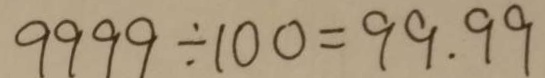
9 9 9 9 \div 1 0 0 = 9 9 . 9 9